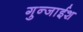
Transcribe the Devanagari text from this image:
गुन्जाईश